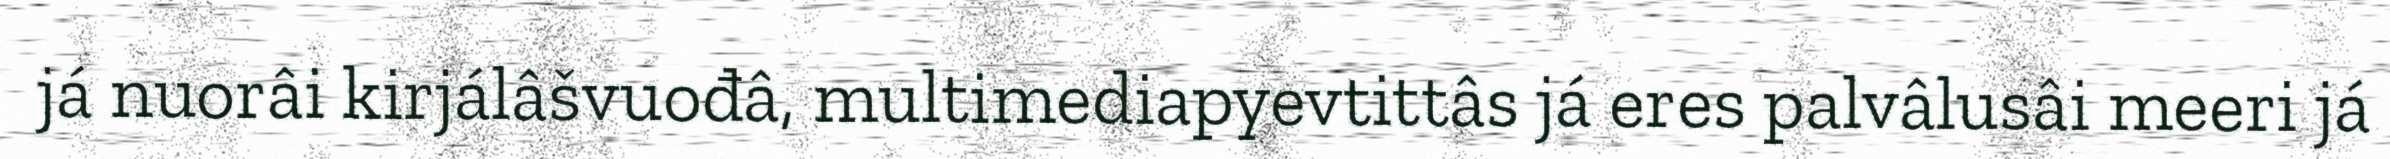
já nuorâi kirjálâšvuođâ, multimediapyevtittâs já eres palvâlusâi meeri já